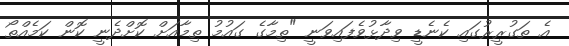
އެ ތަގުރީރުގައި ކެނެޑީ ވިދާޅުވެފައިވަނީ "ތިމާގެ ގައުމު ތިމާއަށް ކޮށްދެނީ ކޮން ކަމެއްތޯ